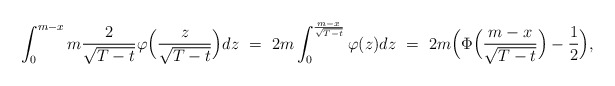
\begin{align*}\int_0^{m-x} m \frac{2}{\sqrt{T-t}} \varphi\Big(\frac{z}{\sqrt{T-t}}\Big) dz \ = \ 2m \int_0^{\frac{m-x}{\sqrt{T-t}}} \varphi(z) dz \ = \ 2m \Big(\Phi\Big(\frac{m-x}{\sqrt{T-t}}\Big) - \frac{1}{2}\Big),\end{align*}